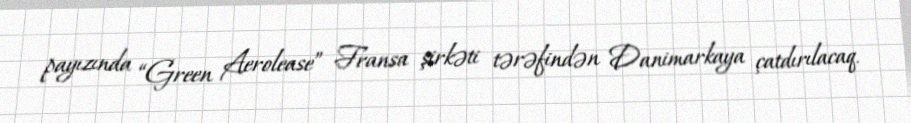
payızında “Green Aerolease” Fransa şirkəti tərəfindən Danimarkaya çatdırılacaq.